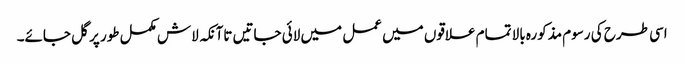
اسی طرح کی رسوم مذکورہ بالا تمام علاقوں میں عمل میں لائی جاتیں تاآنکہ لاش مکمل طور پر گل جائے۔